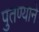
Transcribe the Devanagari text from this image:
पुतण्याने